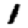
Digit: 1